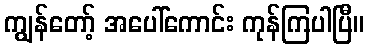
ကျွန်တော့် အပေါ်ကောင်း ကုန်ကြပါပြီ။